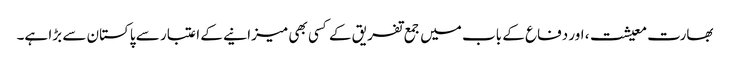
بھارت معیشت، اور دفاع کے باب میں جمع تفریق کے کسی بھی میزانیے کے اعتبار سے پاکستان سے بڑا ہے۔